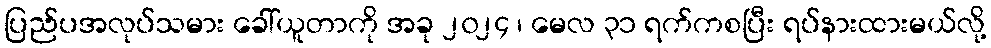
ပြည်ပအလုပ်သမား ခေါ်ယူတာကို အခု ၂၀၂၄ ၊ မေလ ၃၁ ရက်ကစပြီး ရပ်နားထားမယ်လို့